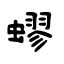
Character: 蟉